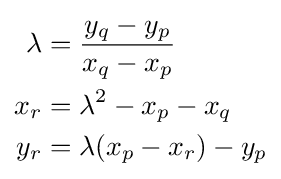
{\begin{aligned}\lambda &={\frac {y_{q}-y_{p}}{x_{q}-x_{p}}}\\x_{r}&=\lambda ^{2}-x_{p}-x_{q}\\y_{r}&=\lambda (x_{p}-x_{r})-y_{p}\\\end{aligned}}